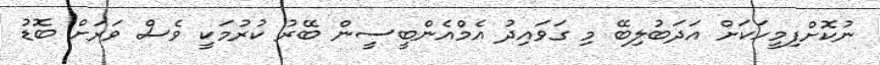
ނުކޮށްފިމީހަކަށް އަދަބުލިބޭ މި ގަވައިދު އެމްއެންބީސީން ބޭރު ކުރުމަކީ ވެސް ވަރަށް ބޮޑު